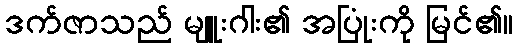
ဒက်ဇာသည် မျူးဂါး၏ အပြုံးကို မြင်၏။